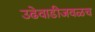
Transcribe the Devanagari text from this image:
उढेवाडीजवळच